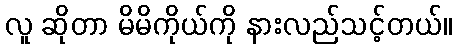
လူ ဆိုတာ မိမိကိုယ်ကို နားလည်သင့်တယ်။